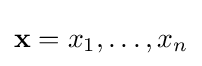
\mathbf {x} =x_{1},\ldots ,x_{n}